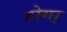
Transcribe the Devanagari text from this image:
होगा़